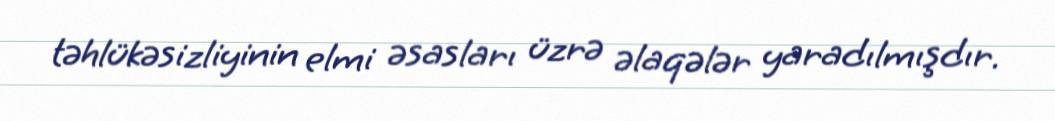
təhlükəsizliyinin elmi əsasları üzrə əlaqələr yaradılmışdır.